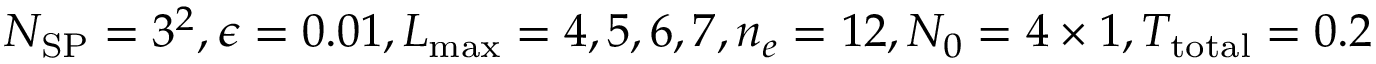
N _ { \mathrm { S P } } = 3 ^ { 2 } , \epsilon = 0 . 0 1 , L _ { \operatorname* { m a x } } = 4 , 5 , 6 , 7 , n _ { e } = 1 2 , N _ { 0 } = 4 \times 1 , T _ { \mathrm { t o t a l } } = 0 . 2